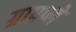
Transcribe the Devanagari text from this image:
ग्रापप्ले